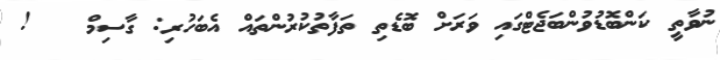
ނުވާތީ ކަންބޮޑުވުންބަޖެޓްގައި ވަރަށް ބޮޑެތި ތަފާތުކުރުންތައް އެބަހުރި: ގާސިމް   !